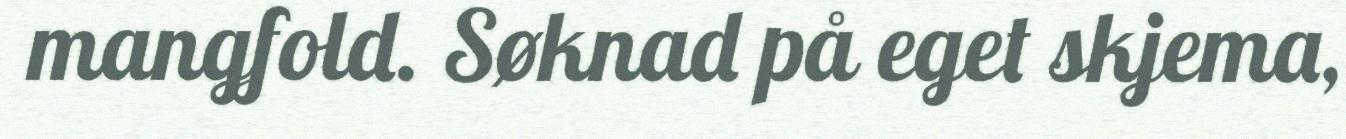
mangfold. Søknad på eget skjema,